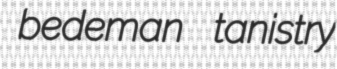
bedeman tanistry